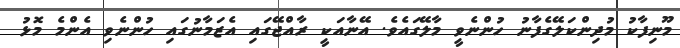
މޫނިފާކު މުދިންކަލޭގެފާނު ހުންނެވީ މާލޭގައެވެ. އޭނާއަކީ ރާއްޖޭގައި އެޒަމާނުގައި ހުންނެވި އެންމެ މޮޅު